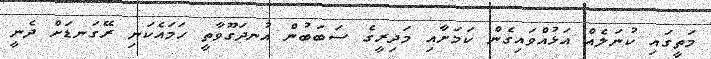
މަތީގައި ކުނަލެއް އަޅުއްވައިގެން ކަމަށާއި މަދިރީގެ ސަބަބުން އުނދަގޫވާތީ ހަމައެކަނި ރޭގަނޑަށް ދެނީ